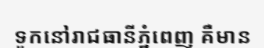
ទូកនៅរាជធានីភ្នំពេញ គឺមាន